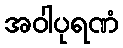
အဝါပုရဏံ